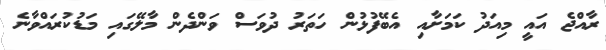
ރާއްޖެ އައީ މިއަދު ކަމަށާއި އެބޭފުޅުން ހަތަރު ދުވަސް ވަންދެން މާލޭގައި މަޑުކުރައްވާނެ